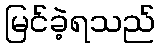
မြင်ခဲ့ရသည်